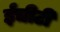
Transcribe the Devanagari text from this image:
ईचीटी